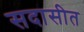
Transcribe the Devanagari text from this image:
सदासीत